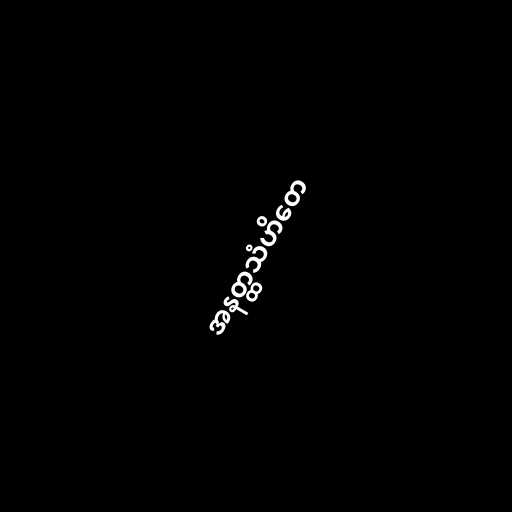
အနတ္ထသံဟိတေ